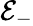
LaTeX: \mathcal{E}_{-}